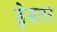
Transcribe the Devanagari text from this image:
ड्रेसनर